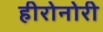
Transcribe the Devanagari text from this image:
हीरोनोरी